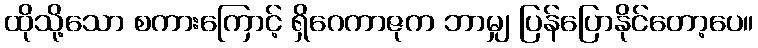
ထိုသို့သော စကားကြောင့် ရှိဂေကာဇုက ဘာမျှ ပြန်ပြောနိုင်တော့ပေ။